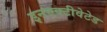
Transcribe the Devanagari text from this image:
इनएक्टीवेटेड